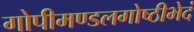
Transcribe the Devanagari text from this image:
गोपीमण्डलगोष्ठीभेदं